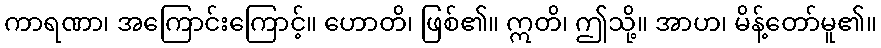
ကာရဏာ၊ အကြောင်းကြောင့်။ ဟောတိ၊ ဖြစ်၏။ ဣတိ၊ ဤသို့။ အာဟ၊ မိန့်တော်မူ၏။